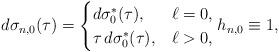
LaTeX: \begin{align*}d\sigma_{n,0}(\tau)=\begin{cases}d\sigma_{0}^{*}(\tau), & \ell=0,\\\tau\,d\sigma_{0}^{*}(\tau), & \ell>0,\end{cases}h_{n,0} \equiv 1,\end{align*}